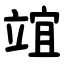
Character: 竩